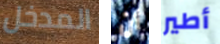
المدخل أن أطير